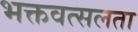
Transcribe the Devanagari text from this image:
भक्तवत्सलता